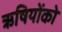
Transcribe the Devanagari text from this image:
ऋषियोंको